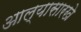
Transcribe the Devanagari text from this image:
आल्‍यासारखे